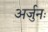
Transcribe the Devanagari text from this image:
अर्जुनः